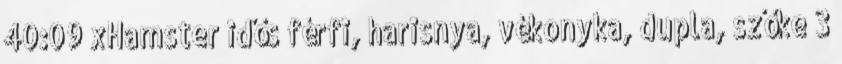
40:09 xHamster idős férfi, harisnya, vékonyka, dupla, szőke 3